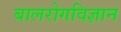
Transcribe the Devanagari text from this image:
बालरोगविज्ञान